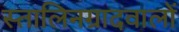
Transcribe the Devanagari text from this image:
स्तालिनग्रादवालों